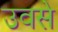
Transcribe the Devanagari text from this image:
उवसे